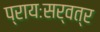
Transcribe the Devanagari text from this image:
प्रायःसर्वत्र